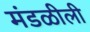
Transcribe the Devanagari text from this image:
मंडळीली